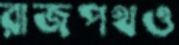
রাজপথও